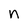
Character: n